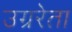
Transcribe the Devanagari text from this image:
उग्ररेता